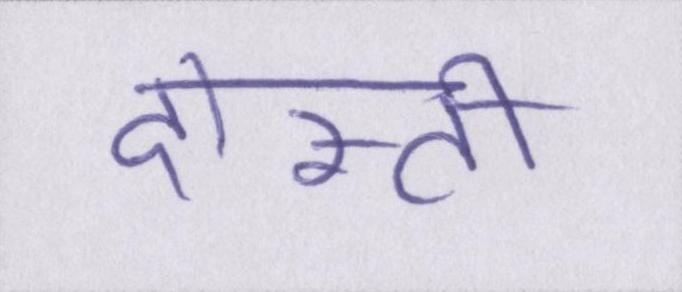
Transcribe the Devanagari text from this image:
दोस्ती